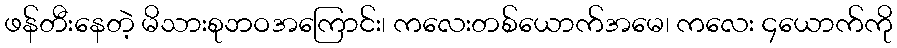
ဖန်တီးနေတဲ့ မိသားစုဘဝအကြောင်း၊ ကလေးတစ်ယောက်အမေ၊ ကလေး ၄ယောက်ကို